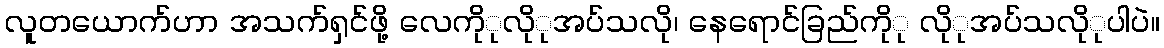
လူတယောက်ဟာ အသက်ရှင်ဖို့ လေကိုုလိုုအပ်သလို၊ နေရောင်ခြည်ကိုု လိုုအပ်သလိုုပါပဲ။